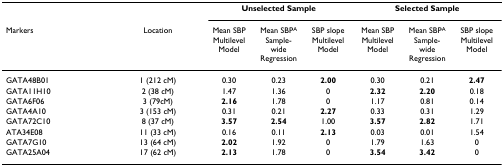
|  |  | <COLSPAN=3> Unselected Sample | <COLSPAN=3> Selected Sample |
 | Markers | Location | Mean SBP Multilevel Model | Mean SBPA Sample-wide Regression | SBP slope Multilevel Model | Mean SBP Multilevel Model | Mean SBPA Sample-wide Regression | SBP slope Multilevel Model |
 | --- | --- | --- | --- | --- | --- | --- | --- |
 | GATA48B01 | 1 (212 cM) | 0.30 | 0.23 | 2.00 | 0.30 | 0.21 | 2.47 |
 | GATA11H10 | 2 (38 cM) | 1.47 | 1.36 | 0 | 2.32 | 2.20 | 0.18 |
 | GATA6F06 | 3 (79cM) | 2.16 | 1.78 | 0 | 1.17 | 0.81 | 0.14 |
 | GATA4A10 | 3 (153 cM) | 0.31 | 0.21 | 2.27 | 0.33 | 0.31 | 1.29 |
 | GATA72C10 | 8 (37 cM) | 3.57 | 2.54 | 1.00 | 3.57 | 2.82 | 1.71 |
 | ATA34E08 | 11 (33 cM) | 0.16 | 0.11 | 2.13 | 0.03 | 0.01 | 1.54 |
 | GATA7G10 | 13 (64 cM) | 2.02 | 1.92 | 0 | 1.79 | 1.63 | 0 |
 | GATA25A04 | 17 (62 cM) | 2.13 | 1.78 | 0 | 3.54 | 3.42 | 0 |